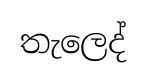
තැලෙද්